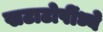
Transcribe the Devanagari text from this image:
खटाटोपींध्ये